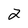
Character: 2